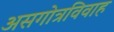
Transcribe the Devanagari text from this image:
असगोत्रविवाह